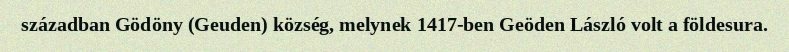
században Gödöny (Geuden) község, melynek 1417-ben Geöden László volt a földesura.